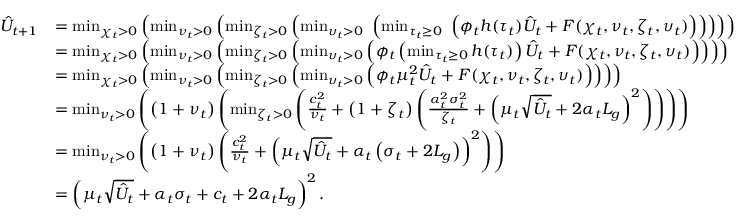
\begin{array} { r l } { \hat { U } _ { t + 1 } } & { = \operatorname* { m i n } _ { \chi _ { t } > 0 } \left( \operatorname* { m i n } _ { \nu _ { t } > 0 } \left( \operatorname* { m i n } _ { \zeta _ { t } > 0 } \left( \operatorname* { m i n } _ { \upsilon _ { t } > 0 } \, \, \left( \operatorname* { m i n } _ { \tau _ { t } \ge 0 } \, \, \left( \phi _ { t } h ( \tau _ { t } ) \hat { U } _ { t } + F ( \chi _ { t } , \nu _ { t } , \zeta _ { t } , \upsilon _ { t } ) \right) \right) \right) \right) \right) } \\ & { = \operatorname* { m i n } _ { \chi _ { t } > 0 } \left( \operatorname* { m i n } _ { \nu _ { t } > 0 } \left( \operatorname* { m i n } _ { \zeta _ { t } > 0 } \left( \operatorname* { m i n } _ { \upsilon _ { t } > 0 } \left( \phi _ { t } \left( \operatorname* { m i n } _ { \tau _ { t } \ge 0 } h ( \tau _ { t } ) \right) \hat { U } _ { t } + F ( \chi _ { t } , \nu _ { t } , \zeta _ { t } , \upsilon _ { t } ) \right) \right) \right) \right) } \\ & { = \operatorname* { m i n } _ { \chi _ { t } > 0 } \left( \operatorname* { m i n } _ { \nu _ { t } > 0 } \left( \operatorname* { m i n } _ { \zeta _ { t } > 0 } \left( \operatorname* { m i n } _ { \upsilon _ { t } > 0 } \left( \phi _ { t } \mu _ { t } ^ { 2 } \hat { U } _ { t } + F ( \chi _ { t } , \nu _ { t } , \zeta _ { t } , \upsilon _ { t } ) \right) \right) \right) \right) } \\ & { = \operatorname* { m i n } _ { \nu _ { t } > 0 } \left( \left( 1 + \nu _ { t } \right) \left( \operatorname* { m i n } _ { \zeta _ { t } > 0 } \left( \frac { c _ { t } ^ { 2 } } { \nu _ { t } } + \left( 1 + \zeta _ { t } \right) \left( \frac { \alpha _ { t } ^ { 2 } \sigma _ { t } ^ { 2 } } { \zeta _ { t } } + \left( \mu _ { t } \sqrt { \hat { U } _ { t } } + 2 \alpha _ { t } L _ { g } \right) ^ { 2 } \right) \right) \right) \right) } \\ & { = \operatorname* { m i n } _ { \nu _ { t } > 0 } \left( \left( 1 + \nu _ { t } \right) \left( \frac { c _ { t } ^ { 2 } } { \nu _ { t } } + \left( \mu _ { t } \sqrt { \hat { U } _ { t } } + \alpha _ { t } \left( \sigma _ { t } + 2 L _ { g } \right) \right) ^ { 2 } \right) \right) } \\ & { = \left( \mu _ { t } \sqrt { \hat { U } _ { t } } + \alpha _ { t } \sigma _ { t } + c _ { t } + 2 \alpha _ { t } L _ { g } \right) ^ { 2 } . } \end{array}